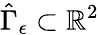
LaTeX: \hat{\Gamma}_{\epsilon}\subset\mathbb{R}^{2}